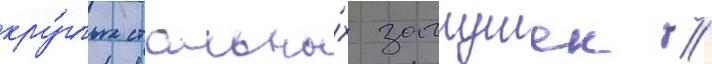
кру́глых стальны́х заглушек //